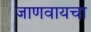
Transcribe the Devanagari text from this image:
जाणवायचा